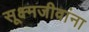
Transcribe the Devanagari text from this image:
सूक्ष्मजीवांना